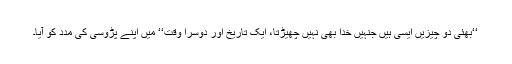
‘‘بھئی دو چیزیں ایسی ہیں جنہیں خدا بھی نہیں چھیڑتا، ایک تاریخ اور دوسرا وقت‘‘ میں اپنے پڑوسی کی مدد کو آیا۔